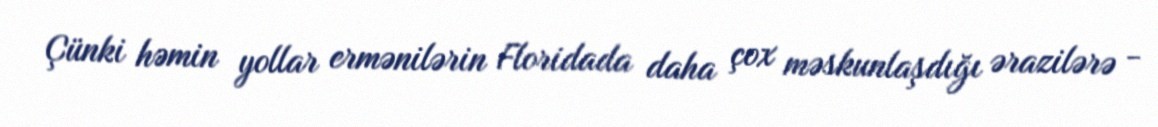
Çünki həmin yollar ermənilərin Floridada daha çox məskunlaşdığı ərazilərə -